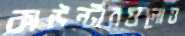
কাউন্টারগুলোও